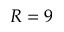
R = 9